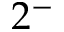
2 ^ { - }